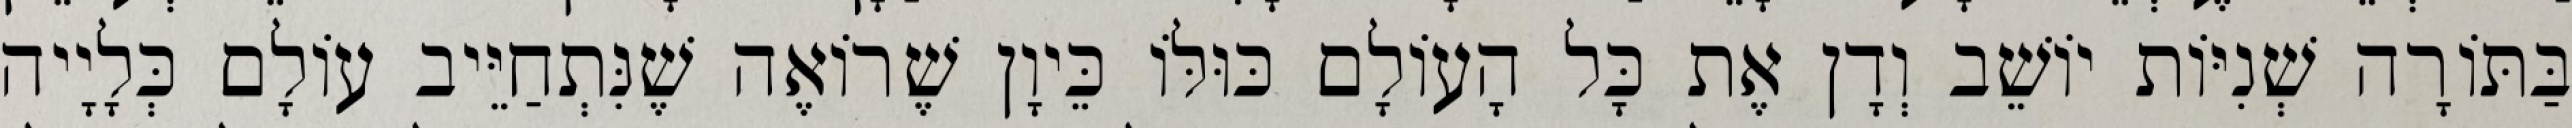
בַּתּוֹרָה שְׁנִיּוֹת יוֹשֵׁב וְדָן אֶת כָּל הָעוֹלָם כּוּלּוֹ כֵּיוָן שֶׁרוֹאֶה שֶׁנִּתְחַיֵּיב עוֹלָם כְּלָיָיה